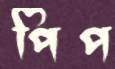
পিপ